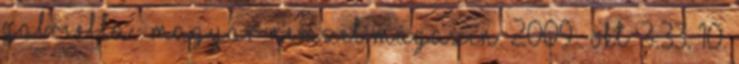
Gabriella . Magyar Nemzet Magazin. 2009 . okt. 3:33. 10.